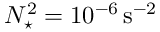
N _ { \star } ^ { 2 } = 1 0 ^ { - 6 } \, \mathrm { { s ^ { - 2 } } }